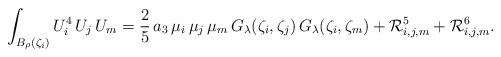
LaTeX: \begin{align*}\int_{B_\rho(\zeta_i)}U_i^4\,U_j\,U_m&=\frac{2}{5}\,a_3\,\mu_i\,\mu_j\,\mu_m\,G_\lambda(\zeta_i,\zeta_j)\,G_\lambda(\zeta_i,\zeta_m)+\mathcal{R}_{i,j,m}^5+\mathcal{R}_{i,j,m}^6.\end{align*}